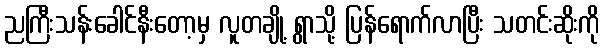
ညကြီးသန်းခေါင်နီးတော့မှ လူတချို့ ရွာသို့ ပြန်ရောက်လာပြီး သတင်းဆိုးကို